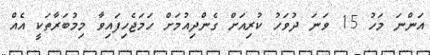
އަންނަ މަހު 15 ވަނަ ދުވަހު ކުރިއަށް ގެންދިއުމަށް ހަމަޖެހިފައިވާ މިމުބަރާތަކީ އެއް